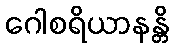
ဂေါစရိယာနန္တိ